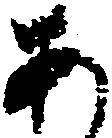
あ